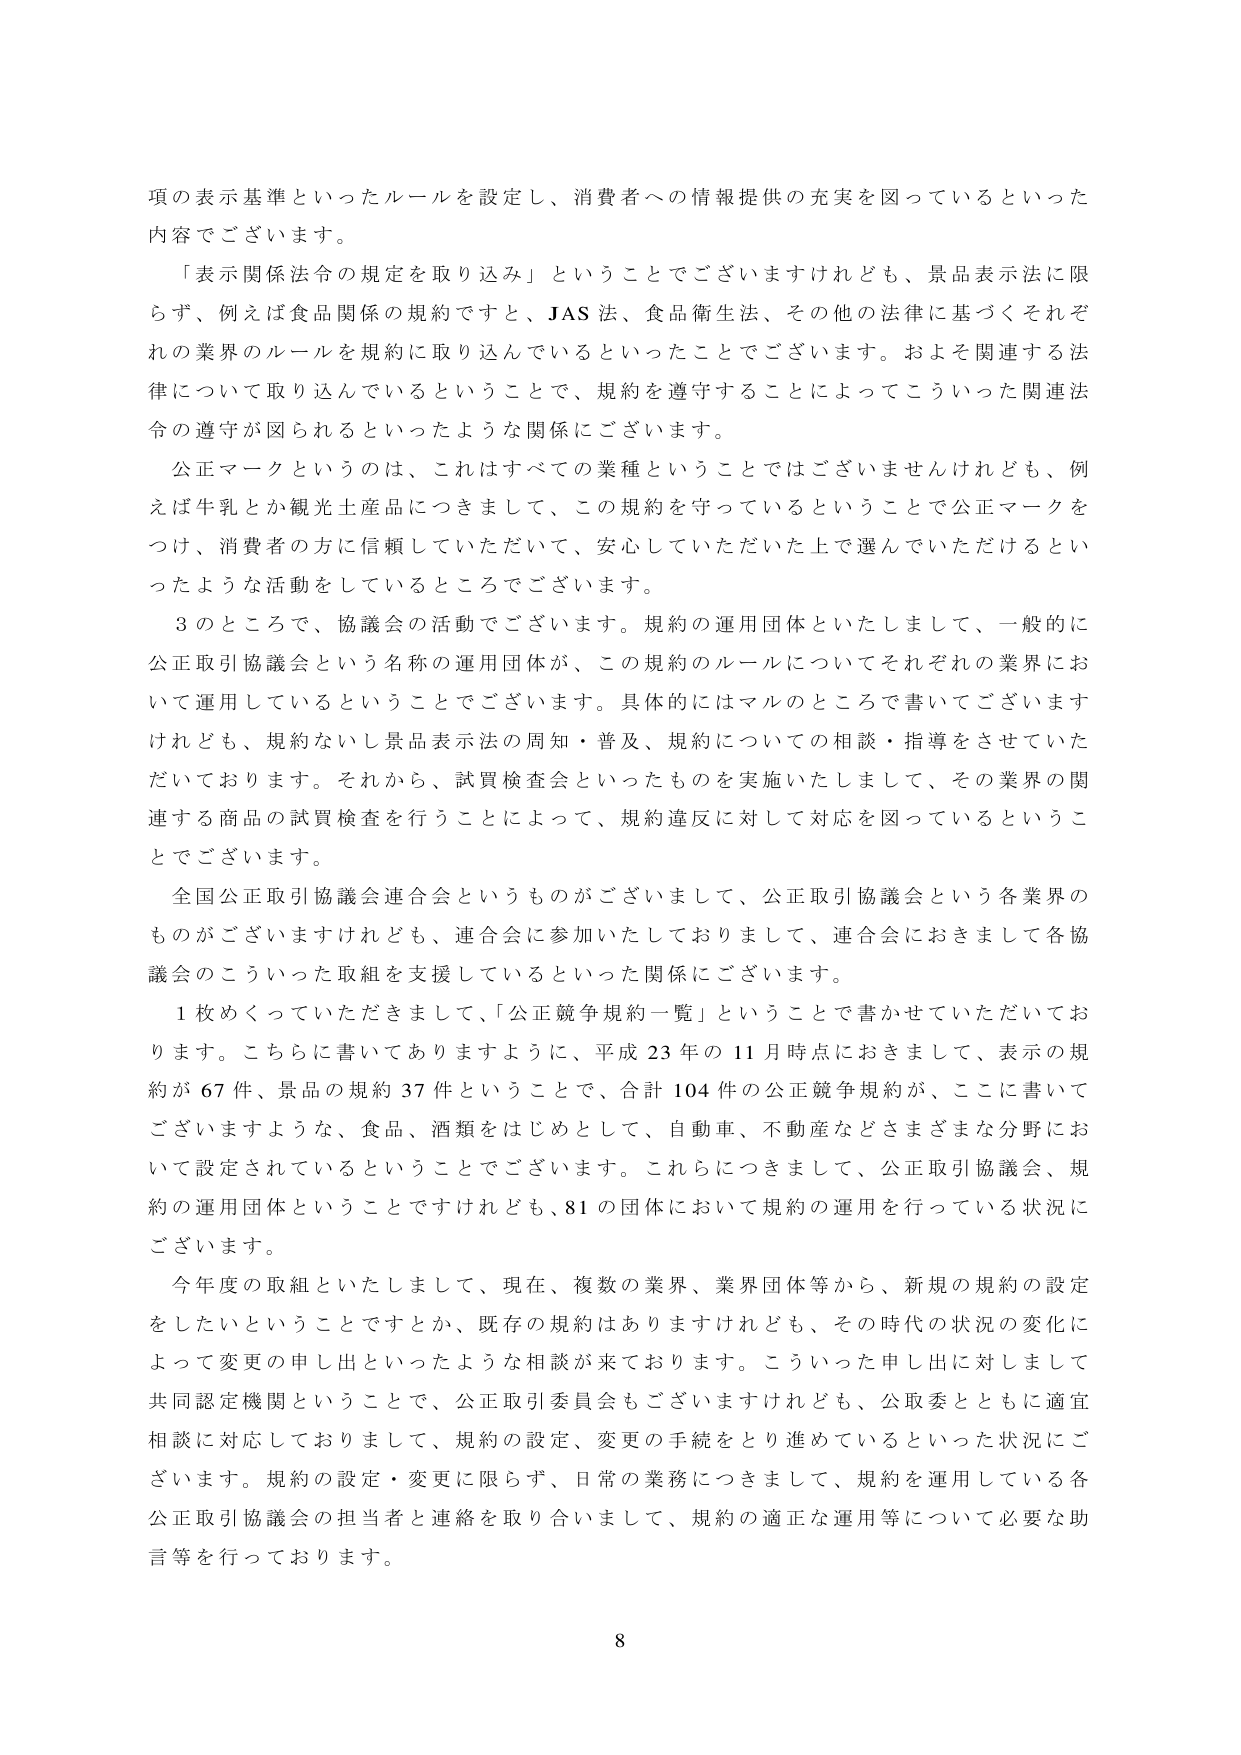
項の表示基準といったルールを設定し、消費者への情報提供の充実を図っているといった内容でございます。

「表示関係法令の規定を取り込み」ということでございますけれども、景品表示法に限らず、例えば食品関係の規約ですと、JAS法、食品衛生法、その他の法律に基づくそれぞれの業界のルールを規約に取り込んでいるといったことでございます。およそ関連する法律について取り込んでいるということで、規約を遵守することによってこういった関連法令の遵守が図られるといったような関係にございます。

公正マークというのは、これはすべての業種ということではございませんけれども、例えば牛乳とか観光土産品につきまして、この規約を守っているということで公正マークをつけ、消費者の方に信頼していただいて、安心していただいた上で選んでいただけるといったような活動をしているところでございます。

3のところで、協議会の活動でございます。規約の運用団体といたしまして、一般的に公正取引協議会という名称の運用団体が、この規約のルールについてそれぞれの業界において運用しているということでございます。具体的にはマルのところで書いてございますけれども、規約ないし景品表示法の周知・普及、規約についての相談・指導をさせていただいております。それから、試買検査会といったものを実施いたしまして、その業界の関連する商品の試買検査を行うことによって、規約違反に対して対応を図っているということでございます。

全国公正取引協議会連合会というものがございまして、公正取引協議会という各業界のものがございますけれども、連合会に参加いたしておりまして、連合会におきまして各協議会のこういった取組を支援しているといった関係にございます。

1枚めくっていただきまして、「公正競争規約一覧」ということで書かせていただいております。こちらに書いてありますように、平成23年の11月時点におきまして、表示の規約が67件、景品の規約37件ということで、合計104件の公正競争規約が、ここに書いてございますような、食品、酒類をはじめとして、自動車、不動産などさまざまな分野において設定されているということでございます。これらにつきまして、公正取引協議会、規約の運用団体ということですけれども、81の団体において規約の運用を行っている状況にございます。

今年度の取組といたしまして、現在、複数の業界、業界団体等から、新規の規約の設定をしたいということですとか、既存の規約はありますけれども、その時代の状況の変化によって変更の申し出といったような相談が来ております。こういった申し出に対しまして共同認定機関ということで、公正取引委員会もございますけれども、公取委とともに適宜相談に対応しておりまして、規約の設定、変更の手続をとり進めているといった状況にございます。規約の設定・変更に限らず、日常の業務につきまして、規約を運用している各公正取引協議会の担当者と連絡を取り合いまして、規約の適正な運用等について必要な助言等を行っております。

8